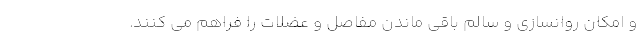
و امکان روانسازی و سالم باقی ماندن مفاصل و عضلات را فراهم می کنند.